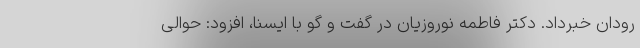
رودان خبرداد. دکتر فاطمه نوروزیان در گفت و گو با ایسنا، افزود: حوالی